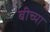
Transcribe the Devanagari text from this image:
बीच्या